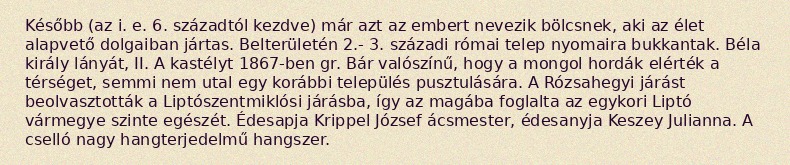
Később (az i. e. 6. századtól kezdve) már azt az embert nevezik bölcsnek, aki az élet alapvető dolgaiban jártas. Belterületén 2.- 3. századi római telep nyomaira bukkantak. Béla király lányát, II. A kastélyt 1867-ben gr. Bár valószínű, hogy a mongol hordák elérték a térséget, semmi nem utal egy korábbi település pusztulására. A Rózsahegyi járást beolvasztották a Liptószentmiklósi járásba, így az magába foglalta az egykori Liptó vármegye szinte egészét. Édesapja Krippel József ácsmester, édesanyja Keszey Julianna. A cselló nagy hangterjedelmű hangszer.